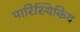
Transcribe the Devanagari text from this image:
पारिस्थिकिय